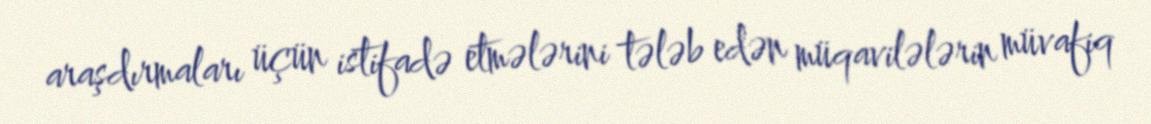
araşdırmaları üçün istifadə etmələrini tələb edən müqavilələrin müvafiq